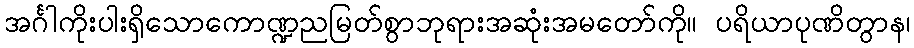
အင်္ဂါကိုးပါးရှိသောကောဏ္ဍညမြတ်စွာဘုရားအဆုံးအမတော်ကို။ ပရိယာပုဏိတွာန၊